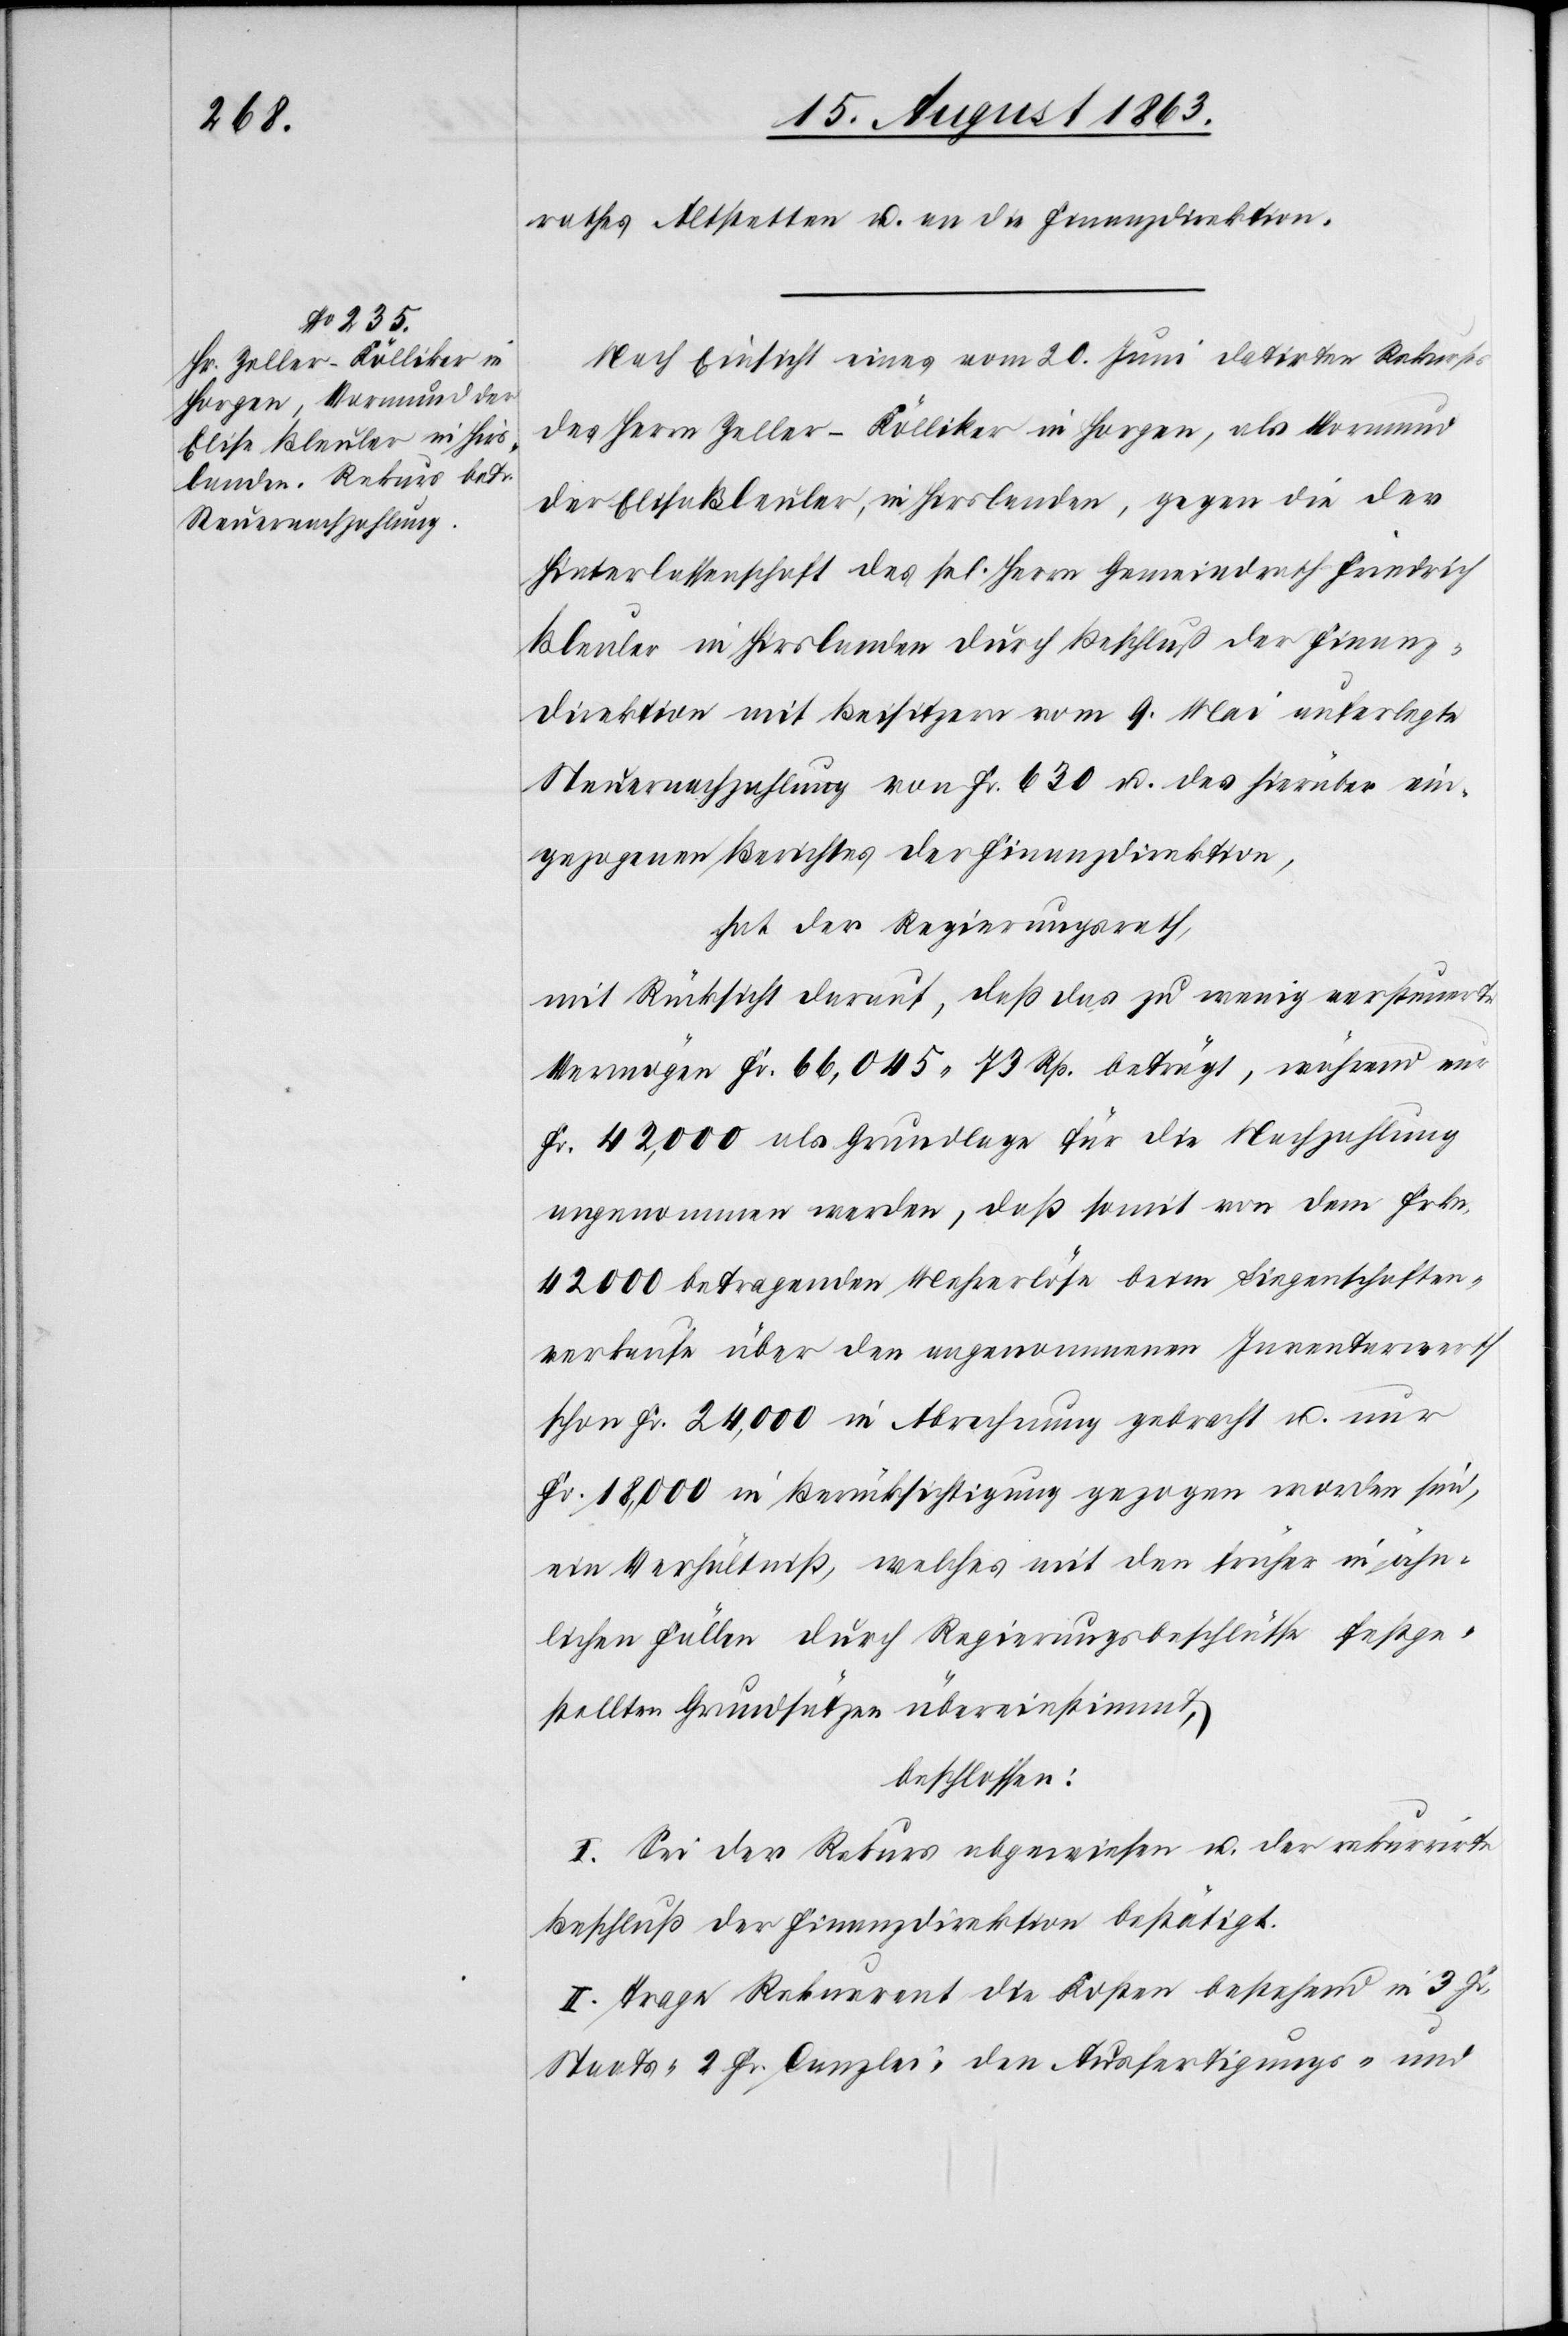
rathes Altstetten u. an die Finanzdirektion.
Nach Einsicht eines vom 20. Juni datirten Rekurses
des Herrn Zeller-Kölliker in Horgen, als Vormund
der Elisa Bleuler, in Hirslanden, gegen die der
Hinterlassenschaft des sel. Herrn Gemeindrath Friedrich
Bleuler in Hirslanden durch Beschluß der Finanz¬
direktion mit Beisitzern vom 9. Mai auferlegte
Steuernachzahlung von Fr. 630 u. des hierüber ein¬
gezogenen Berichtes der Finanzdirektion,
hat der Regierungsrath,
mit Rücksicht darauf, daß das zu wenig versteuerte
Vermögen Fr. 66,045. 73 Rp. beträgt, während nur
Fr. 42,000 als Grundlage für die Nachzahlung
angenommen werden, daß somit von dem Frkn.
42 000 betragenden Mehrerlöse beim Liegenschaften¬
verkaufe über den angenommenen Inventarwerth
schon Fr. 24,000 in Abrechnung gebracht u. nur
Fr. 18,000 in Berücksichtigung gezogen worden sind,
ein Verhältniß, welches mit den früher in ähn¬
lichen Fällen durch Regierungsbeschlüsse festge¬
stellten Grundsätzen übereinstimmt,
beschlossen:
I. Sei der Rekurs abgewiesen u. der rekurrirte
Beschluß der Finanzdirektion bestätigt.
II. Trage Rekurrent die Kosten bestehend in 3 Fr.
Staats-[,] 2 Fr. Canzlei-[,] den Ausfertigungs- und